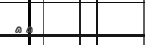
٧٧